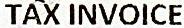
TAX INVOICE